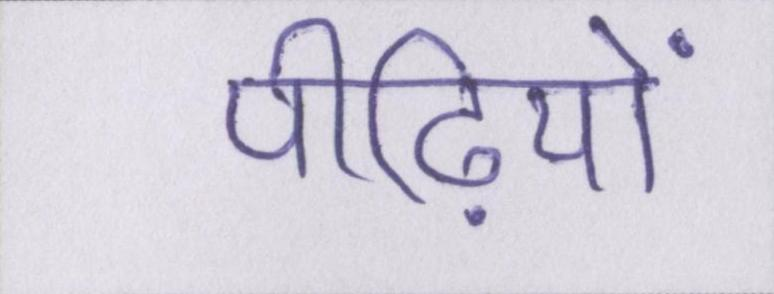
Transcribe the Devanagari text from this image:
पीढ़ियों